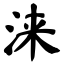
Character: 涞